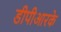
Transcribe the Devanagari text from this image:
डीपीआरके